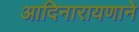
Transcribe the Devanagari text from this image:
आदिनारायणाने